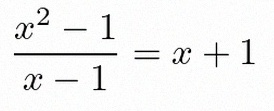
\frac{x^2-1}{x-1}=x+1